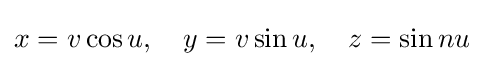
x=v\cos u,\quad y=v\sin u,\quad z=\sin nu